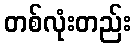
တစ်လုံးတည်း